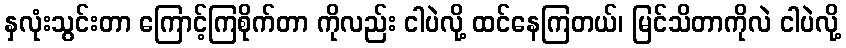
နှလုံးသွင်းတာ ကြောင့်ကြစိုက်တာ ကိုလည်း ငါပဲလို့ ထင်နေကြတယ်၊ မြင်သိတာကိုလဲ ငါပဲလို့